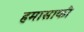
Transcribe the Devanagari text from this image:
हमासाकी